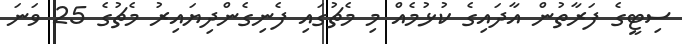
ސިޓީގެ ފަރާތުން އާދައިގެ ކުޅުމެއް މި މެޗުގައި ފެނިގެންދިޔައިރު މެޗުގެ 25 ވަނަ